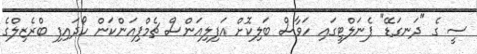
ސީ ގެ "ދަނގަޑޭ" ޕެނަލްޓީގައި ހަވާސް ބަލިކޮށް އަފިލިއަންސް ޗެމްޕިއަންކަން ހޯދައިފި ބްރެޒިލްގެ